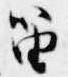
笛